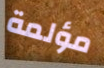
مؤلمة